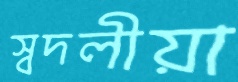
স্বদলীয়া